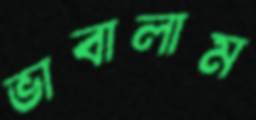
ভাবালাম